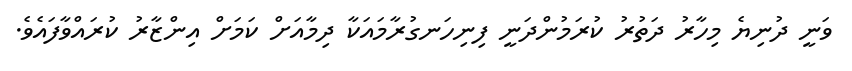
ވަނީ ދުނިޔެ މިހާރު ދަތުރު ކުރަމުންދަނީ ފިނިހަނގުރާމައަކާ ދިމާއަށް ކަމަށް އިންޒާރު ކުރައްވާފައެވެ.